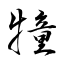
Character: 犝